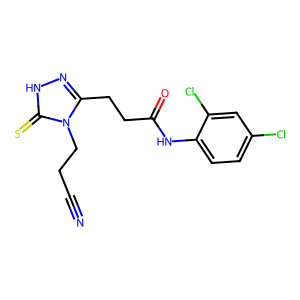
SMILES: N#CCCn1c(CCC(=O)Nc2ccc(Cl)cc2Cl)n[nH]c1=S
Inhibits HIV replication: No